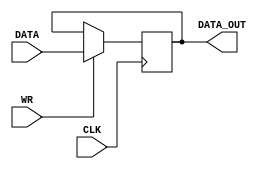
module reg14w(CLK, WR, DATA, DATA_OUT);

input wire CLK;
input wire [13:0] DATA;
input wire WR;
output reg [13:0] DATA_OUT;

initial begin
	DATA_OUT <= 14'd0;
end

always @ (posedge CLK) begin
	if (WR==1) begin
		DATA_OUT <= DATA;
	end
end

endmodule